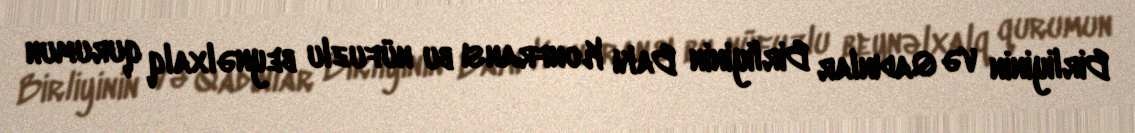
Birliyinin və Qadınlar Birliyinin Bakı Konfransı bu nüfuzlu beynəlxalq qurumun